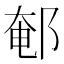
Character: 䣍